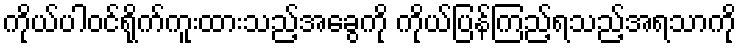
ကိုယ်ပါဝင်ရိုက်ကူးထားသည့်အခွေကို ကိုယ်ပြန်ကြည့်ရသည့်အရသာကို